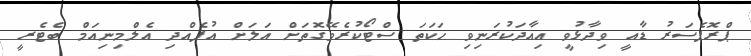
ޕްރޮފެސަރު ޑާއީ ވިދާޅުވީ އިއާދަކުރަނިވި ހަކަތަ ސްޓޯކުރެވޭގޮތަށް އަލަށް އުފެއްދި އެލްމިނިއަމް ބެޓެރީ